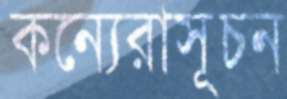
কন্যেরাসূচন